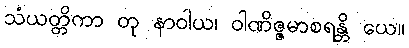
သံယတ္တိကာ တု နာဝါယ၊ ဝါဏိဇ္ဇမာစရန္တိ ယေ။